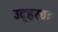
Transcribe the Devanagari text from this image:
उद्हरण